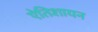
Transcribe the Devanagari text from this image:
एेतिशायन